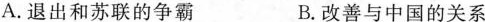
A.退出和苏联的争霸 B.改善与中国的关系